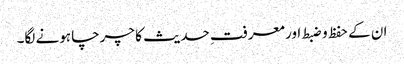
ان کے حفظ و ضبط اور معرفتِ حدیث کا چرچا ہونے لگا۔